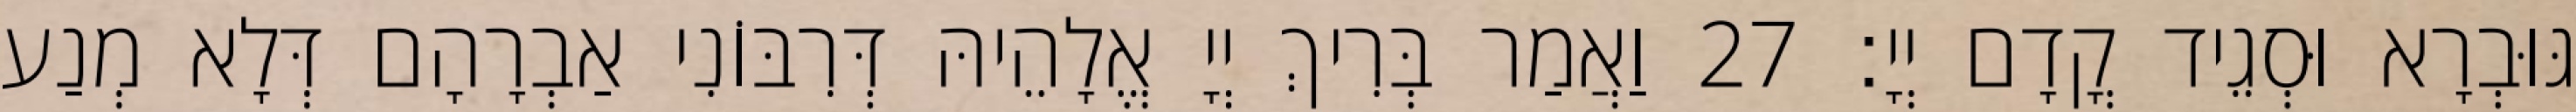
גּוּבְרָא וּסְגֵיד קֳדָם יְיָ׃ 27 וַאֲמַר בְּרִיךְ יְיָ אֱלָהֵיהּ דְּרִבּוֹנִי אַבְרָהָם דְּלָא מְנַע